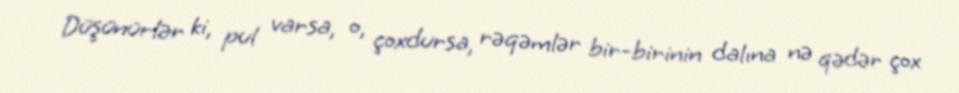
Düşünürlər ki, pul varsa, o, çoxdursa, rəqəmlər bir-birinin dalına nə qədər çox